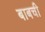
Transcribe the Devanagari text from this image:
बाबची